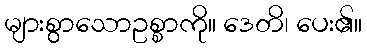
များစွာသောဥစ္စာကို။ ဒေတိ၊ ပေး၏။